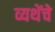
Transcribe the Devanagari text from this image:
व्यथेंचे